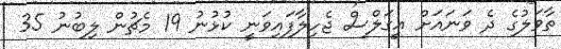
ތާވަލުގެ ދެ ވަނައަށް އީގަލްސް ޖެހިލާފައިވަނީ ކުޅުނު 19 މެޗުން ލިބުނު 35